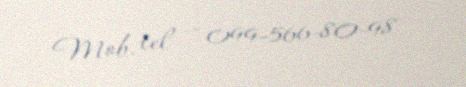
Mob. tel — 099-566-80-98